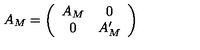
A _ { M } = \left( \begin{array} { c c } { A _ { M } } & { 0 } \\ { 0 } & { A _ { M } ^ { \prime } } \\ \end{array} \right)